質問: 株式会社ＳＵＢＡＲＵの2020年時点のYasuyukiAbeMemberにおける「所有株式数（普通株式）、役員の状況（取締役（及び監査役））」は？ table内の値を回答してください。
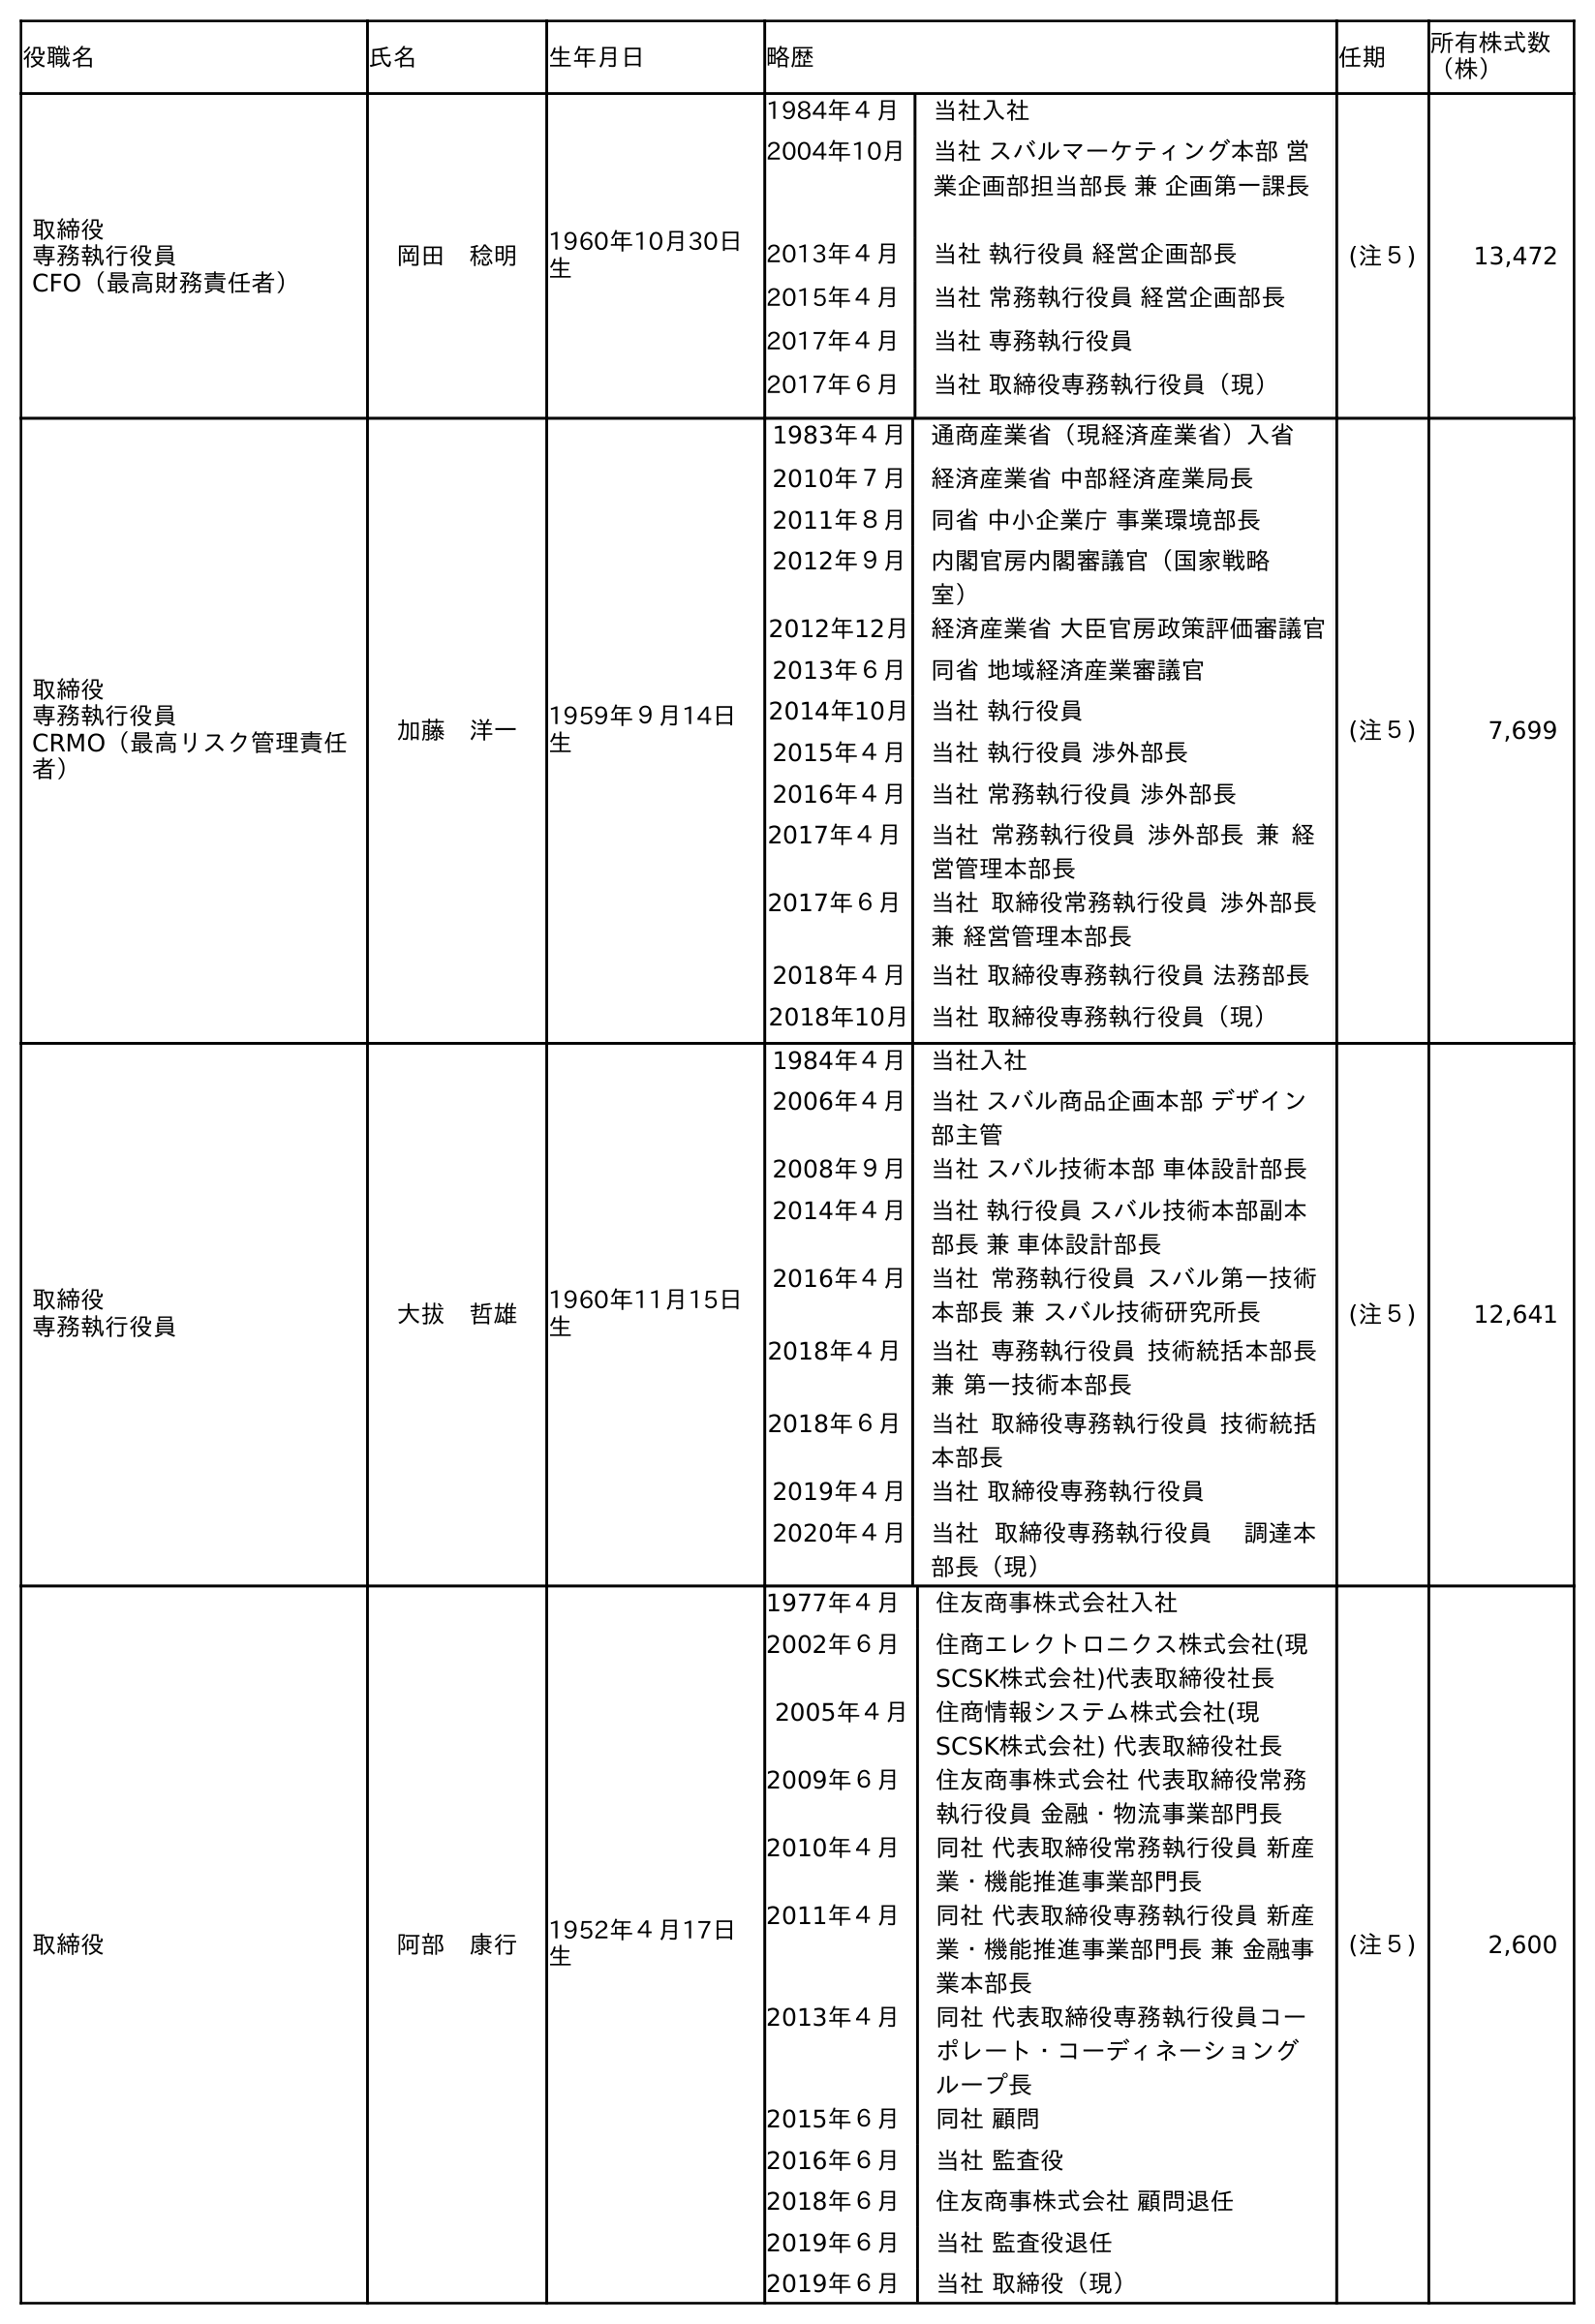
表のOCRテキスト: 役職名 氏名 生年月日 略歴 任期 所有株式数 （株） 取締役 専務執行役員 CFO（最高財務責任者） 岡田 稔明 1960年10月30日 生 1984年４月 当社入社 2004年10月 当社 スバルマーケティング本部 営 業企画部担当部長 兼 企画第一課長 2013年４月 当社 執行役員 経営企画部長 2015年４月 当社 常務執行役員 経営企画部長 2017年４月 当社 専務執行役員 2017年６月 当社 取締役専務執行役員（現） (注５) 13,472 取締役 専務執行役員 CRMO（最高リスク管理責任 者） 加藤 洋一 1959年９月14日 生 1983年４月 通商産業省（現経済産業省）入省 2010年７月 経済産業省 中部経済産業局長 2011年８月 同省 中小企業庁 事業環境部長 2012年９月 内閣官房内閣審議官（国家戦略 室） 2012年12月 経済産業省 大臣官房政策評価審議官 2013年６月 同省 地域経済産業審議官 2014年10月 当社 執行役員 2015年４月 当社 執行役員 渉外部長 2016年４月 当社 常務執行役員 渉外部長 2017年４月 当社 常務執行役員 渉外部長 兼 経 営管理本部長 2017年６月 当社 取締役常務執行役員 渉外部長 兼 経営管理本部長 2018年４月 当社 取締役専務執行役員 法務部長 2018年10月 当社 取締役専務執行役員（現） (注５) 7,699 取締役 専務執行役員 大拔 哲雄 1960年11月15日 生 1984年４月 当社入社 2006年４月 当社 スバル商品企画本部 デザイン 部主管 2008年９月 当社 スバル技術本部 車体設計部長 2014年４月 当社 執行役員 スバル技術本部副本 部長 兼 車体設計部長 2016年４月 当社 常務執行役員 スバル第一技術 本部長 兼 スバル技術研究所長 2018年４月 当社 専務執行役員 技術統括本部長 兼 第一技術本部長 2018年６月 当社 取締役専務執行役員 技術統括 本部長 2019年４月 当社 取締役専務執行役員 2020年４月 当社 取締役専務執行役員  調達本 部長（現） (注５) 12,641 取締役 阿部 康行 1952年４月17日 生 1977年４月 住友商事株式会社入社 2002年６月 住商エレクトロニクス株式会社(現 SCSK株式会社)代表取締役社長 2005年４月 住商情報システム株式会社(現 SCSK株式会社) 代表取締役社長 2009年６月 住友商事株式会社 代表取締役常務 執行役員 金融・物流事業部門長 2010年４月 同社 代表取締役常務執行役員 新産 業・機能推進事業部門長 2011年４月 同社 代表取締役専務執行役員 新産 業・機能推進事業部門長 兼 金融事 業本部長 2013年４月 同社 代表取締役専務執行役員コー ポレート・コーディネーショング ループ長 2015年６月 同社 顧問 2016年６月 当社 監査役 2018年６月 住友商事株式会社 顧問退任 2019年６月 当社 監査役退任 2019年６月 当社 取締役（現） (注５) 2,600
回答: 2,600